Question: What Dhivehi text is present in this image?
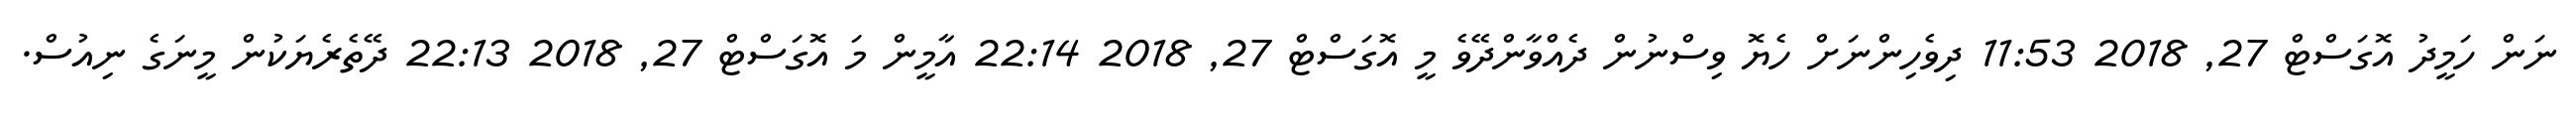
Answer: ނަން ހަމީދު އޮގަސްޓް 27, 2018 11:53 ދިވެހިންނަށް ހެޔޮ ވިސްނުން ދެއްވާންދޭވެ މީ އޮގަސްޓް 27, 2018 22:14 އާމީން މަ އޮގަސްޓް 27, 2018 22:13 ދޭތެރެޔަކުން މީނަގެ ނިއުސް.